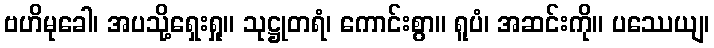
ဗဟိမုခေါ၊ အပသို့ရှေးရှု။ သုဋ္ဌုတရံ၊ ကောင်းစွာ။ ရူပံ၊ အဆင်းကို။ ပဿေယျ၊